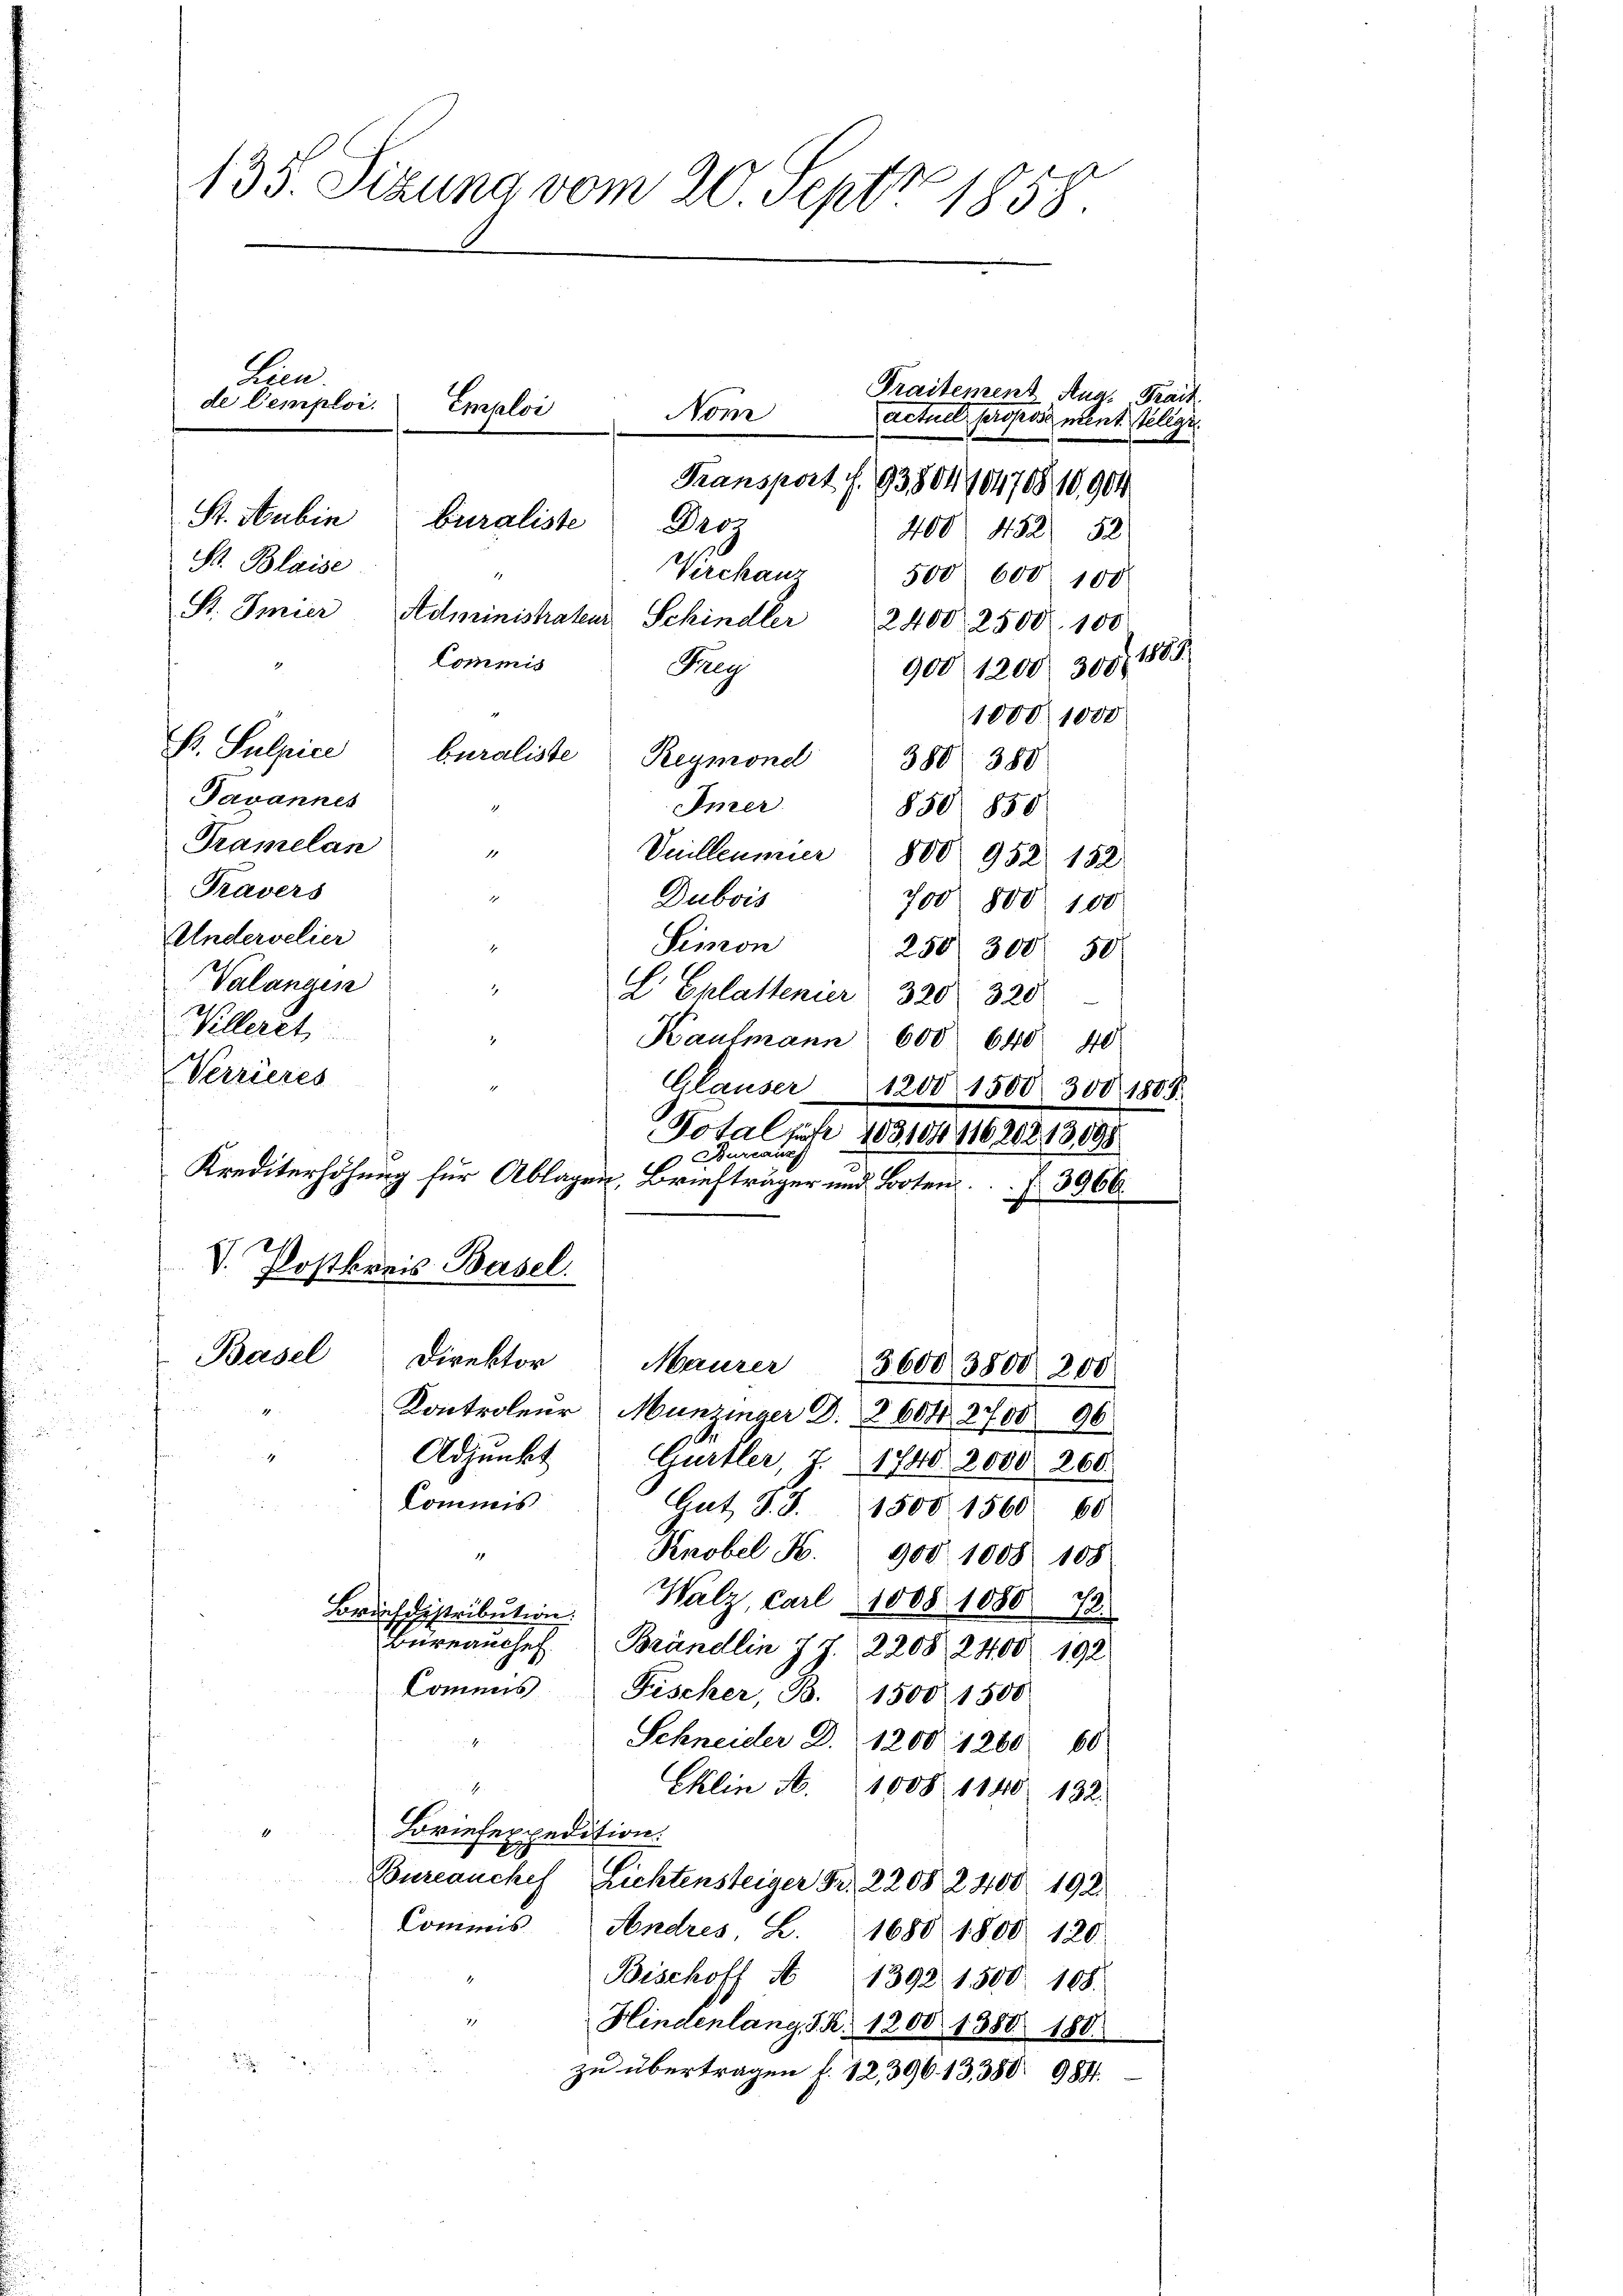
135. Sizung vom 20. Sept 1858.
Lien.
Traitement Aug. Prait
de Cemploi.
Emploi
Nom
actuel propose ment Telege
Transport f. 9380440470810904
St. Hubin
buraliste
Poz
400. 452 52
S. Blaise
Virchanz 500 600 100

St. Imier Administrateur Schindler 2400. 2500. 100
Commis
Pey
900, 1200. 309, 1889
1000. 1000
E. Sulpice
Pavannes
2
850 850
Tramelan
1
Vuilleumier 800 952. 152
Travers
1
Dubois
700
800. 100
Undervelier
Simon
h
250. 300 50
Valangen
4
L Eklattenier 320. 320
Klleret,
.
Kaufmann 600 640 40
NVerrieres
 Bureaux
Krediterhöhung für Ablagen, Briefträger und Boten.3966.
V. Postkreis Basel.
Basel Direktor Maurer 3600 3800 200
Kontroleur Munzinger D. 8604. 2700
96
Adjunkt Gurtler, J. 1740 2000 260.
Kommis
Gut, S. S. 1500 1560 60
Knobel N. 900. 1008. 108
Walz, Carl 1008. 1080 72.
Borischgistribution.
Büreauchef. Brändlin 7 2208. 2400. 192
Commis
Fischer, B. 1500 1500
Schneider D. 1200 1260 60
Eklin A. 1008 1140. 132.
4
Briefexpedition.
Bureauchef Lichtensteiger Fr. 2208 2400. 192.
Commis Andres, L. 1680 1800 120
Bischoff A 1392. 1500. 108.
1
Hindenlang, S. 1200. 1380. 180.
zu übertragen f. 12,396. 13, 380. 988.

buraliste Reumond 380 380

Iner

Gläuser 1200 1500. 300 1803.

Potaljahr 18310411620213898